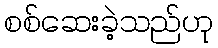
စစ်ဆေးခဲ့သည်ဟု